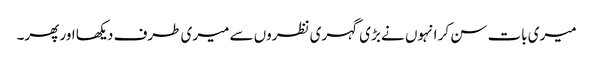
میری بات سن کر انہوں نے بڑی گہری نظروں سے میری طرف دیکھا اور پھر۔